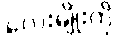
လေးမျိုးကို